Report on horse surra - Volume I
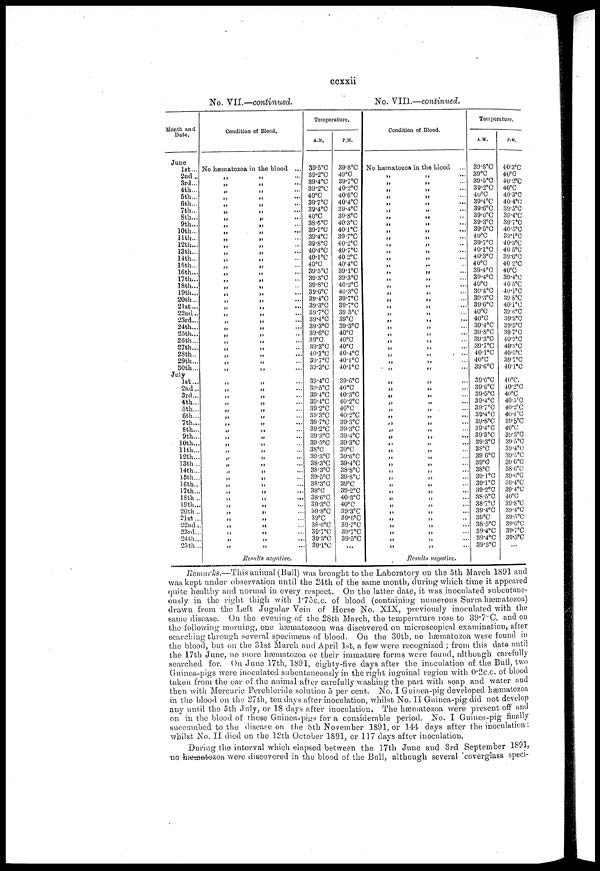
ccxxii
No. VII.—continued.
No. VIII.—continued.
Month and
Date.
June
1st...
2nd ..
3rd...
4th...
5th...
6th...
7th...
8th...
9th...
10th...
11th...
12th...
13th...
14th...
15th...
16th...
17th...
18th...
19th...
20th...
21st...
22nd..
23rd...
24th...
25th...
26th...
27th...
28th..
29th...
30th...
July
1st...
2nd ..
3rd...
4th...
5th...
6th...
7th...
8th...
9th...
10th...
11th...
12th...
13th...
14th...
15th...
16th...
17th...
18th ..
19th...
20th ..
21st...
22nd...
23rd...
24th...
25th...
Condition of Blood.
No hæmatozoa in the blood ...
„
„
„
„
„
„
„
„
„
„
„
„
„
„
„
„
„
„
„
„
„
„
„
„
„
„
„
„
„
„
„
„
„
„
„
„
„
„
„
„
„
„
„
„
„
„
„
„
„
„
„
„
„
„ ...
„ ...
„ ...
„ ...
„ ...
„ ...
„ ...
„ ...
„ ...
„ ...
„ ...
„ ...
„ ...
„ ...
„ ...
„ ...
„ ...
„ ...
„ ...
„ ...
„ ...
„ ...
„ ...
„ ...
„ ...
„ ...
„ ...
„ ...
„ ...
„ ...
„ ...
„ ...
„ ...
„ ...
„ ...
„ ...
„ ...
„ ...
„ ...
„ ...
„ ...
„ ...
„ ...
„ ...
„ ...
„ ...
„ ...
„ ...
„ ...
„ ...
„ ...
„ ...
„ ...
Results negative.
Temperature.
A.M.
39.5°C
39.2°C
39.4°C
39.2°C
40°C
39.7°C
39.4°C
40°C
38.6°C
39.7°C
39.4°C
39.8°C
40.4°C
40.°C
40°C
39.5°C
39.3°C
39.8°C
39.6°C
39.4°C
39.3°C
39.7°C 39.4°C
39.3°C
39.6°C
39°C
39.3°C
40.1°C
39.7°C
39.3°C
39.4°C
39.5°C
39.4°C
39.4°C
39.2°C
39.3°C
39.7°C
39.2°C
39.3°C
39.5°C
38°C
39.3°C
38.3°C
38.3°C
39.5°C
38.3°C
38°C
38.6°C
39.3°C
39.8°C
39°C
38.6°C
39.7°C
39.3°C
39.1°C
P.M.
39.8°C
49°C
39.7°C
40.2°C
40.6°C
40.4°C
39.4°C
39.8°C
40.3°C
40.1°C
39.7°C
40.2°C
40.7°C
40.2°C
40.4°C
39.1°C
39.3°C
40.2°C
40.3°C
39.7°C
39.7°C
39.5°C
39°C
39.3°C
40°C
40°C
40°C
40.4°C
40.1°C
40.1°C
39.6°C
40°C
40.3°C
40.2°C
40°C
40.2°C
39.3°C
39.3°C
39.4°C
39.3°C
39°C
39.6°C
39.4°C
38.8°C
39.8°C
39°C
39.2°C
40.3°C
40°C
39.3°C
39.6°C
39.7°C
39.7°C
39.5°C
...
Condition of Blood.
No hæmatozoa in the blood
„
„
„
„
„
„
„
„
„
„
„
„
„
„
„
„
„
„
„
„
„
„
„
„
„
„
„
„
„
„
„
„
„
„
„
„
„
„
„
„
„
„
„
„
„
„
„
„
„
„
„
„
„
„
„ ...
„ ...
„ ...
„ ...
„ ...
„ ...
„ ...
„ ...
„ ...
„ ...
„ ...
„ ...
„ ...
„ ...
„ ...
„ ...
„ ...
„ ...
„ ...
„ ...
„ ...
„ ...
„ ...
„ ...
„ ...
„ ...
„ ...
„ ...
„ ...
„ ...
„ ...
„ ...
„ ...
„ ...
„ ...
„ ...
„ ...
„ ...
„ ...
„ ...
„ ...
„ ...
„ ...
„ ...
„ ...
„ ...
„ ...
„ ...
„ ...
„ ...
„ ...
„ ...
„ ...
„ ...
Results negative.
Temperature.
A.M.
39.8°C
39°C
39.5°C
39.2°C
40°C
39.4°C
39.6°C
39.6°C
39.3°C
39.5°C
40°C
39.7°C
40.1°C
40.3°C
40°C
39.4°C
39.4°C
40°C
39.4°C
39.3°C
39.6°C
40°C
40°C
39.4°C
39.8°C
39.3°C
39.7°C
40.1°C
40°C
39.6°C
39.6°C
39.6°C
39.5°C
39.4°C
39.7°C
39.4°C
39.8°C
39.4°C
39.3°C
39.3°C
38°C
39.6°C
39°C
38°C
39.1°C
39.1°C
39.2°C
38.5°C
38.7°C
39.4°C
39°C
38.5°C
39.4°C
39.4°C
39.3°C
P.M.
40.3°C
40°C
40.2°C
40°C
40.3°C
40.4°C
39.5°C
39.4°C
39.7°C
40.5°C
39.1°C
40.3°C
40.5°C
39.6°C
40 2°C
40°C
39.4°C
40.5°C
40.1°C
39.8°C
40.1°C
39.6°C
39.3°C
39.5°C
39.7°C
40.2°C
40.3 o C
40.5°C
39.7°C
40.1°C
40°C.
40.2°C
40°C
40.5°C
40.2°C
40.4°C
39.5°C
40°C
39.3°C
39.5°C
39.4°C
39.5°C
39.6°C
38.6°C
39.6°C
39.4°C
39.4°C
40°C
39.8°C
39.4°C
39.5°C
39.6°C
39.7°C
39.5°C
Remarks.—This
animal (Bull) was brought to the Laboratory on the 5th March 1891 and
was kept under observation until the 24th of the same month, during which time it appeared
quite healthy and normal in every respect. On the latter date, it was inoculated subcutane-
ously in the right thigh with 1.75 c.c. of blood (containing numerous Surra hæmatozoa)
drawn from the Left Jugular Vein of Horse No. XIX, previously inoculated with the
same disease. On the evening of the 28th March, the temperature rose to 39.7°C. and on
the following morning, one hæmatozoon was discovered on microscopical examination, after
searching through several specimens of blood. On the 30th, no hæmatozoa were found in
the blood, but on the 31st March and April 1st, a few were recognized ; from this date until
the 17th June, no more hæmatozoa or their immature forms were found, although carefully
searched for. On June 17th, 1891, eighty-five days after the inoculation of the Bull, two
Guinea-pigs were inoculated subcutaneously in the right inguinal region with 0.2c.c. of blood
taken from the ear of the animal after carefully washing the part with soap and water and
then with Mercuric Perchloride solution 5 per cent. No. I Guinea-pig developed-hæmatozoa
in the blood on the 27th, ten days after inoculation, whilst No. II Guinea-pig did not develop
any until the 5th July, or 18 days after inoculation. The hæmatozoa were present off and
on in the blood of these Guinea-pigs for a considerable period. No. I Guinea-pig finally
succumbed to the disease on the 8th November 1891, or 144 days after the inoculation:
whilst .No. II died on the 12th October 1891, or 117 days after inoculation.
During the interval which elapsed between the 17th June and 3rd September 1891,
no hæmatozoa were discovered in the blood of the Bull, although several coverglass speci¬